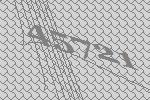
45721